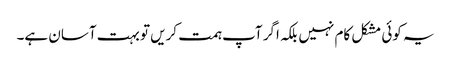
یہ کوئی مشکل کام نہیں بلکہ اگر آپ ہمت کریں تو بہت آسان ہے۔